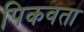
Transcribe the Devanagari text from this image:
पिकवता